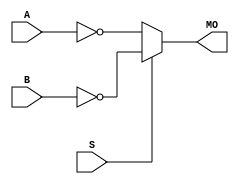
module arriagx_nmux21 (MO, A, B, S);
   input A, B, S; 
   output MO; 
   assign MO = (S == 1) ? ~B : ~A; 
endmodule